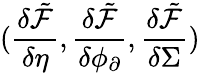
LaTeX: (\frac{\delta\tilde{\mathcal{F}}}{\delta\eta},\frac{\delta\tilde{\mathcal{F}}}{\delta\phi_{\partial}},\frac{\delta\tilde{\mathcal{F}}}{\delta\Sigma})